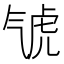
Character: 𣱤